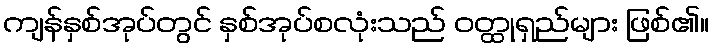
ကျန်နှစ်အုပ်တွင် နှစ်အုပ်စလုံးသည် ဝတ္ထုရှည်များ ဖြစ်၏။